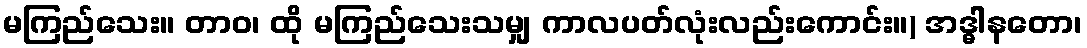
မကြည်သေး။ တာဝ၊ ထို မကြည်သေးသမျှ ကာလပတ်လုံးလည်းကောင်း။) အဒ္ဓါနတော၊